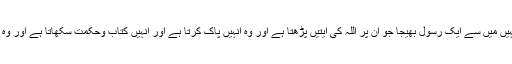
اللہ کا بڑا احسان ہوا مسلمانوں پر کہ ان میں انہیں میں سے ایک رسولؐ بھیجا جو ان پر اللہ کی آیتیں پڑھتا ہے اور وہ انہیں پاک کرتا ہے اور انہیں کتاب وحکمت سکھاتا ہے اور وہ ضرور آپؐ سے پہلے کھلی گمراہی میں تھے۔